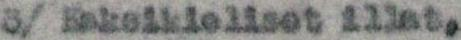
3/ Kaksikieliset illat,